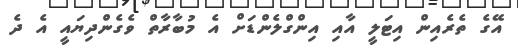
އޭގެ ތެރެއިން އިޓަލީ އާއި އިންގްލެންޑަށް އެ މުބާރާތް ވެގެންދިޔައީ އެ ދެ